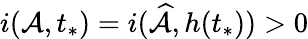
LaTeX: i(\mathcal{A},t_{*})=i(\widehat{\mathcal{A}},h(t_{*}))>0